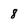
Character: 8